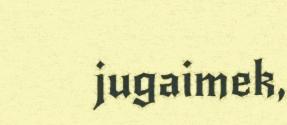
jugaimek,